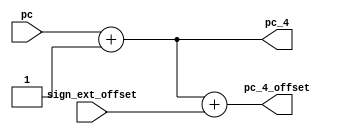

module pc_update (input [31:0] pc , input [31:0] sign_ext_offset , 
		output reg [31:0] pc_4 , output reg [31:0] pc_4_offset  );
	
	always @ (pc ,sign_ext_offset) begin
	pc_4 = pc + 32'd1;
	pc_4_offset  = pc + 32'd1 + sign_ext_offset; 
	end
endmodule